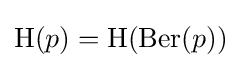
\operatorname {H} (p)=\mathrm {H} (\operatorname {Ber} (p))